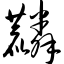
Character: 麟